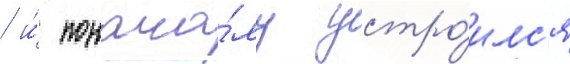
/ и́ понача́лу устро́илс'я